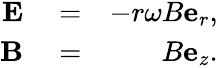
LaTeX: \begin{array}{rlr}{\mathbf{E}}&{{}=}&{-r\omega B\mathbf{e}_{r},}\\ {\mathbf{B}}&{{}=}&{B\mathbf{e}_{z}.}\end{array}